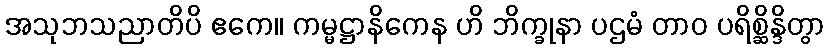
အသုဘသညာတိပိ ဧကေ။ ကမ္မဋ္ဌာနိကေန ဟိ ဘိက္ခုနာ ပဌမံ တာဝ ပရိစ္ဆိန္ဒိတွာ